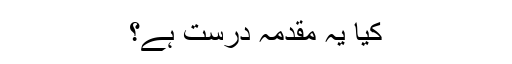
کیا یہ مقدمہ درست ہے؟